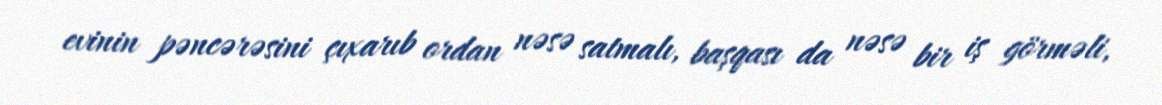
evinin pəncərəsini çıxarıb ordan nəsə satmalı, başqası da nəsə bir iş görməli,